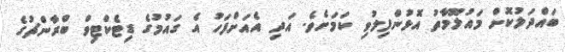
ބައްދަލުކޮށް މައުލޫމާތު އޮޅުންފިލުވި ކަމަށެވެ. އަދި އެއަށްފަހު އެ ގައުމުގެ ޑިޓެކްޓިވް ބްރާންޗުގެ